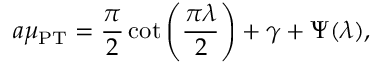
a \mu _ { \mathrm { P T } } = \frac { \pi } { 2 } \cot \left( \frac { \pi \lambda } { 2 } \right) + \gamma + \Psi ( \lambda ) ,